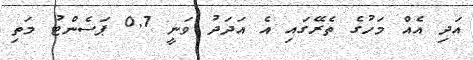
އަދި އެއް މަހުގެ ތެރޭގައި އެ އަދަދު ވަނީ 0.7 ޕަސެންޓު މަތި